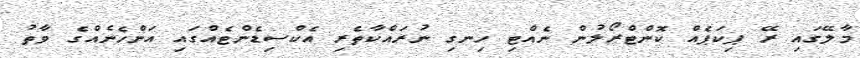
މާލޭގައި ރޭ ޕިކަޕެއް ކޮންޓްރޯލުން ނެއްޓި ހިނގި ނުރައްކާތެރި އެކްސިޑެންޓެއްގައި އަންހެނެއްގެ ވާތު